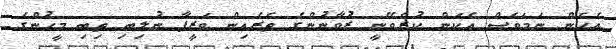
އެހެން ނަމަވެސް އެކަން ކުރެވޭނީ ޒުވާނުންގެ ތެރެއިން ވަޒީފާ ނުލިބި ތިބި މީހުންގެ